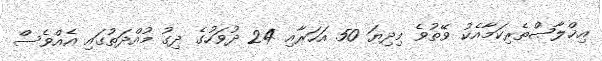
އިޚްލާޞްތެރިކަމާއެކު ވޭތުވެ މިދިޔަ 50 އަހަރާއި 24 ދުވަހުގެ ދިގު މުއްދަތުގައި އެއްވެސް